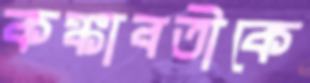
কঙ্কাবতীকে